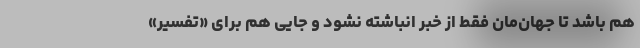
هم باشد تا جهان‌مان فقط از خبر انباشته نشود و جایی هم برای «تفسیر»